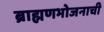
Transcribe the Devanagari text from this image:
ब्राह्मणभोजनाची